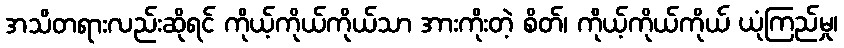
အသိတရားလည်းဆိုရင် ကိုယ့်ကိုယ်ကိုယ်သာ အားကိုးတဲ့ စိတ်၊ ကိုယ့်ကိုယ်ကိုယ် ယုံကြည်မှု၊